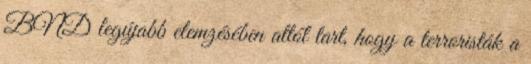
BND legújabb elemzésében attól tart, hogy a terroristák a